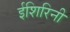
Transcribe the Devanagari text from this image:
ईशिरिनी